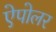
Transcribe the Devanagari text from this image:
ऐपोलर